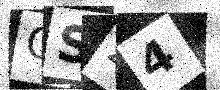
Text: QS24